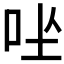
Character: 𪠶